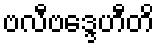
ဗလီဗဒ္ဒေဟီတိ